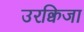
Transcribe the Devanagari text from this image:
उरक्विजा